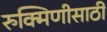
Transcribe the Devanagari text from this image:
रुक्मिणीसाठी